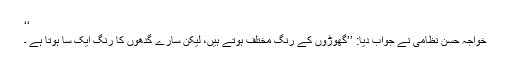
‘‘
خواجہ حسن نظامی نے جواب دیا: ’’گھوڑوں کے رنگ مختلف ہوتے ہیں، لیکن سارے گدھوں کا رنگ ایک سا ہوتا ہے ۔